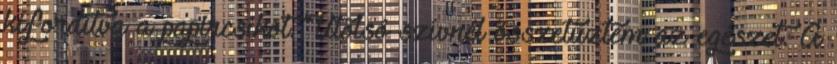
kifordítva a papírcsíkot. Utolsó szívnél összetűztem az egészet. A